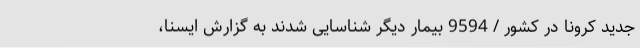
جدید کرونا در کشور / 9594 بیمار دیگر شناسایی شدند به گزارش ایسنا،